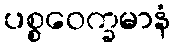
ပစ္စဝေက္ခမာနံ